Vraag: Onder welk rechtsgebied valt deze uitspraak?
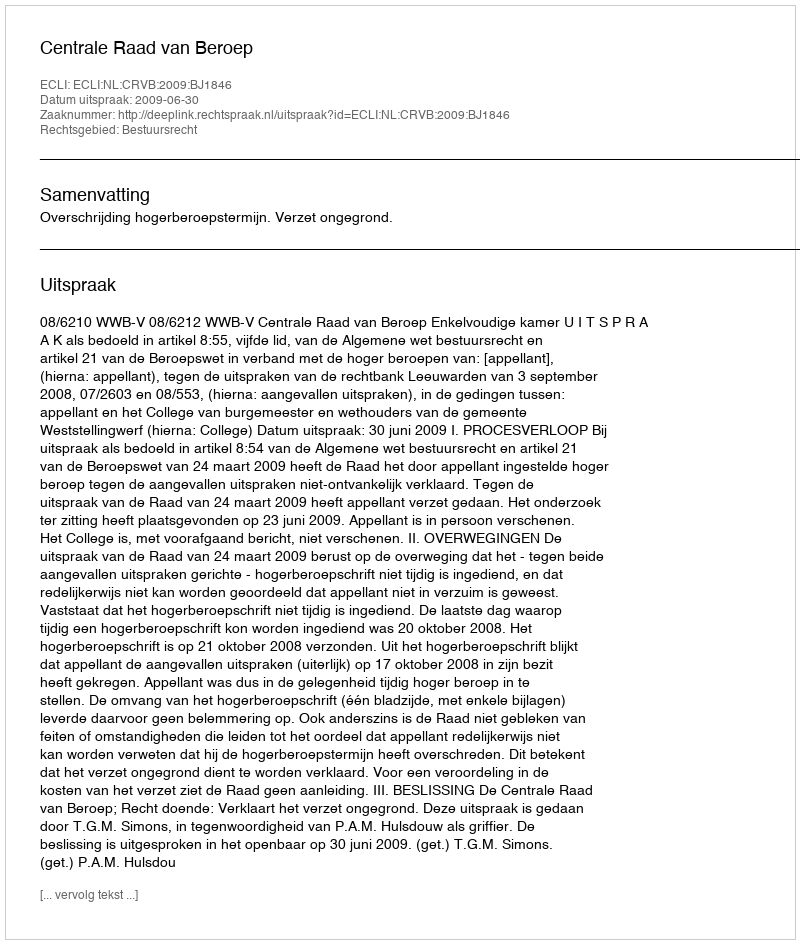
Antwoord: Bestuursrecht